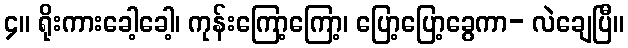
၄။ ရိုးကားခေါ့ခေါ့၊ ကုန်းကြော့ကြော့၊ ပြော့ပြော့ခွေကာ- လဲချေပြီ။